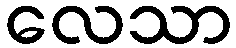
လေသာ